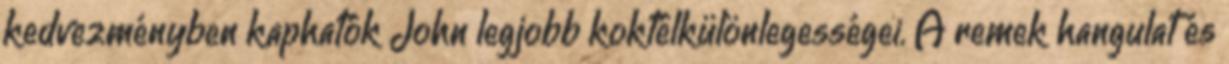
kedvezményben kaphatók John legjobb koktélkülönlegességei. A remek hangulat és